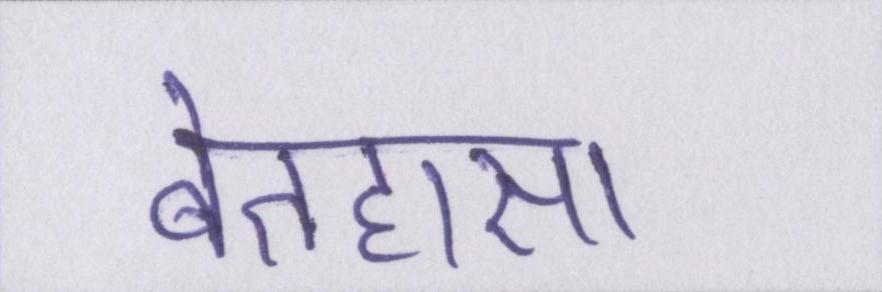
बेतहासा